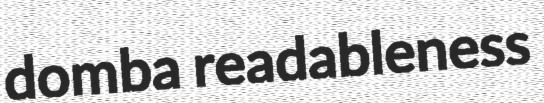
domba readableness